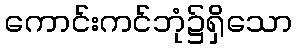
ကောင်းကင်ဘုံ၌ရှိသော